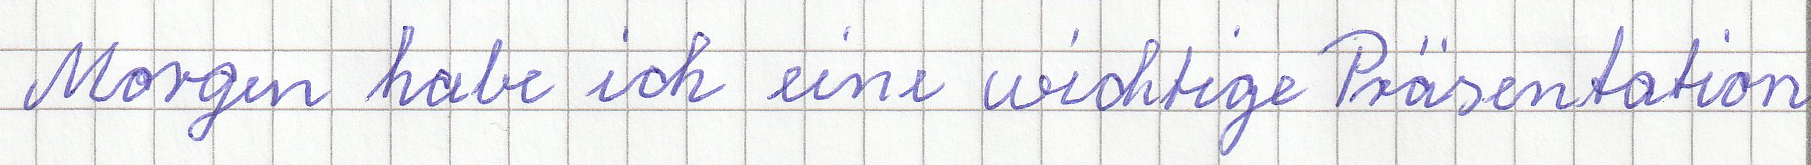
Morgen habe ich eine wichtige Präsentation.